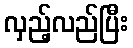
လှည့်လည်ပြီး